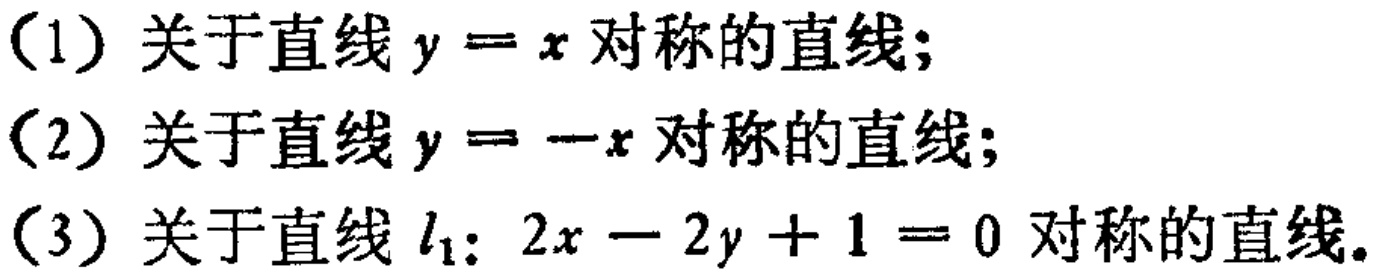
（1）关于直线\(y = x\)对称的直线；
（2）关于直线\(y = -x\)对称的直线；
（3）关于直线\(l_{1}:2x - 2y + 1 = 0\)对称的直线。